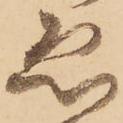
ゑ